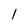
Character: l